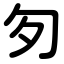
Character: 匇